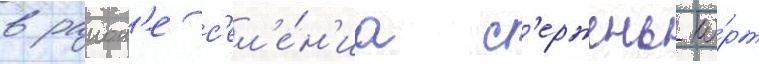
в раион'е с'ел'е́н'иа с'ержень-ю́рт